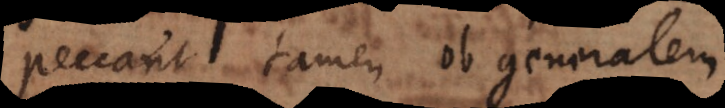
peccant tamen ob generalem